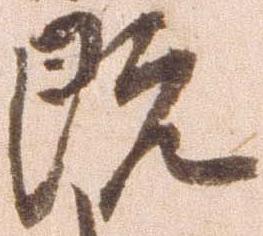
既